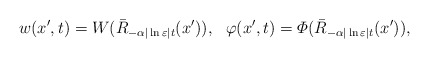
\begin{align*}w(x',t)=W(\bar{R}_{-\alpha|\ln\varepsilon| t}(x')),\ \ \varphi(x',t)=\varPhi(\bar{R}_{-\alpha|\ln\varepsilon| t}(x')),\end{align*}